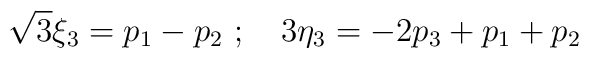
{\sqrt 3}{\xi}_3 =p_1 - p_2 \ ; \quad  3{\eta}_3 = - 2p_3 + p_1 +p_2